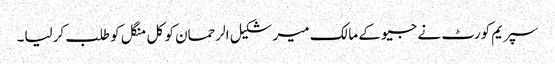
سپریم کورٹ نے جیو کے مالک میر شکیل الرحمان کو کل منگل کو طلب کرلیا۔